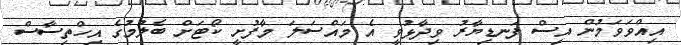
އިއްވަވަމުން އިސް ފަނޑިޔާރު ވިދާޅުވީ އެ މައްސަލަ މާފުށީ ކޯޓަށް ބެލުމުގެ އިހްތިސާސް